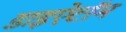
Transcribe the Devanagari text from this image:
डाइऐटॉम